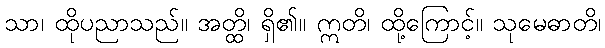
သာ၊ ထိုပညာသည်။ အတ္ထိ၊ ရှိ၏။ ဣတိ၊ ထို့ကြောင့်။ သုမေဓာတိ၊